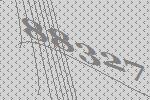
88327